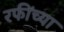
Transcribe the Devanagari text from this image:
रफींच्या